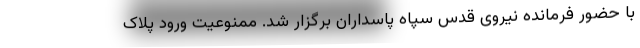
با حضور فرمانده نیروی قدس سپاه پاسداران برگزار شد. ممنوعیت ورود پلاک